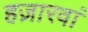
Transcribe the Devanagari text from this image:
हज़ारवां